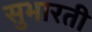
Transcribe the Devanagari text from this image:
सुभारती